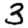
Digit: 3